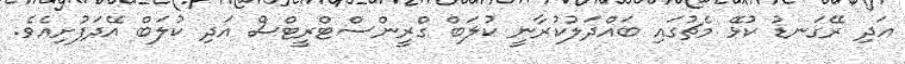
އަދި ރޭގަނޑު ކުޅޭ މެޗުގައި ބައްދަލުކުރާނީ ކުލަބް ގްރީންސްޓްރީޓްސް އަދި ކުލަބް އޭދަފުށިއެވެ.